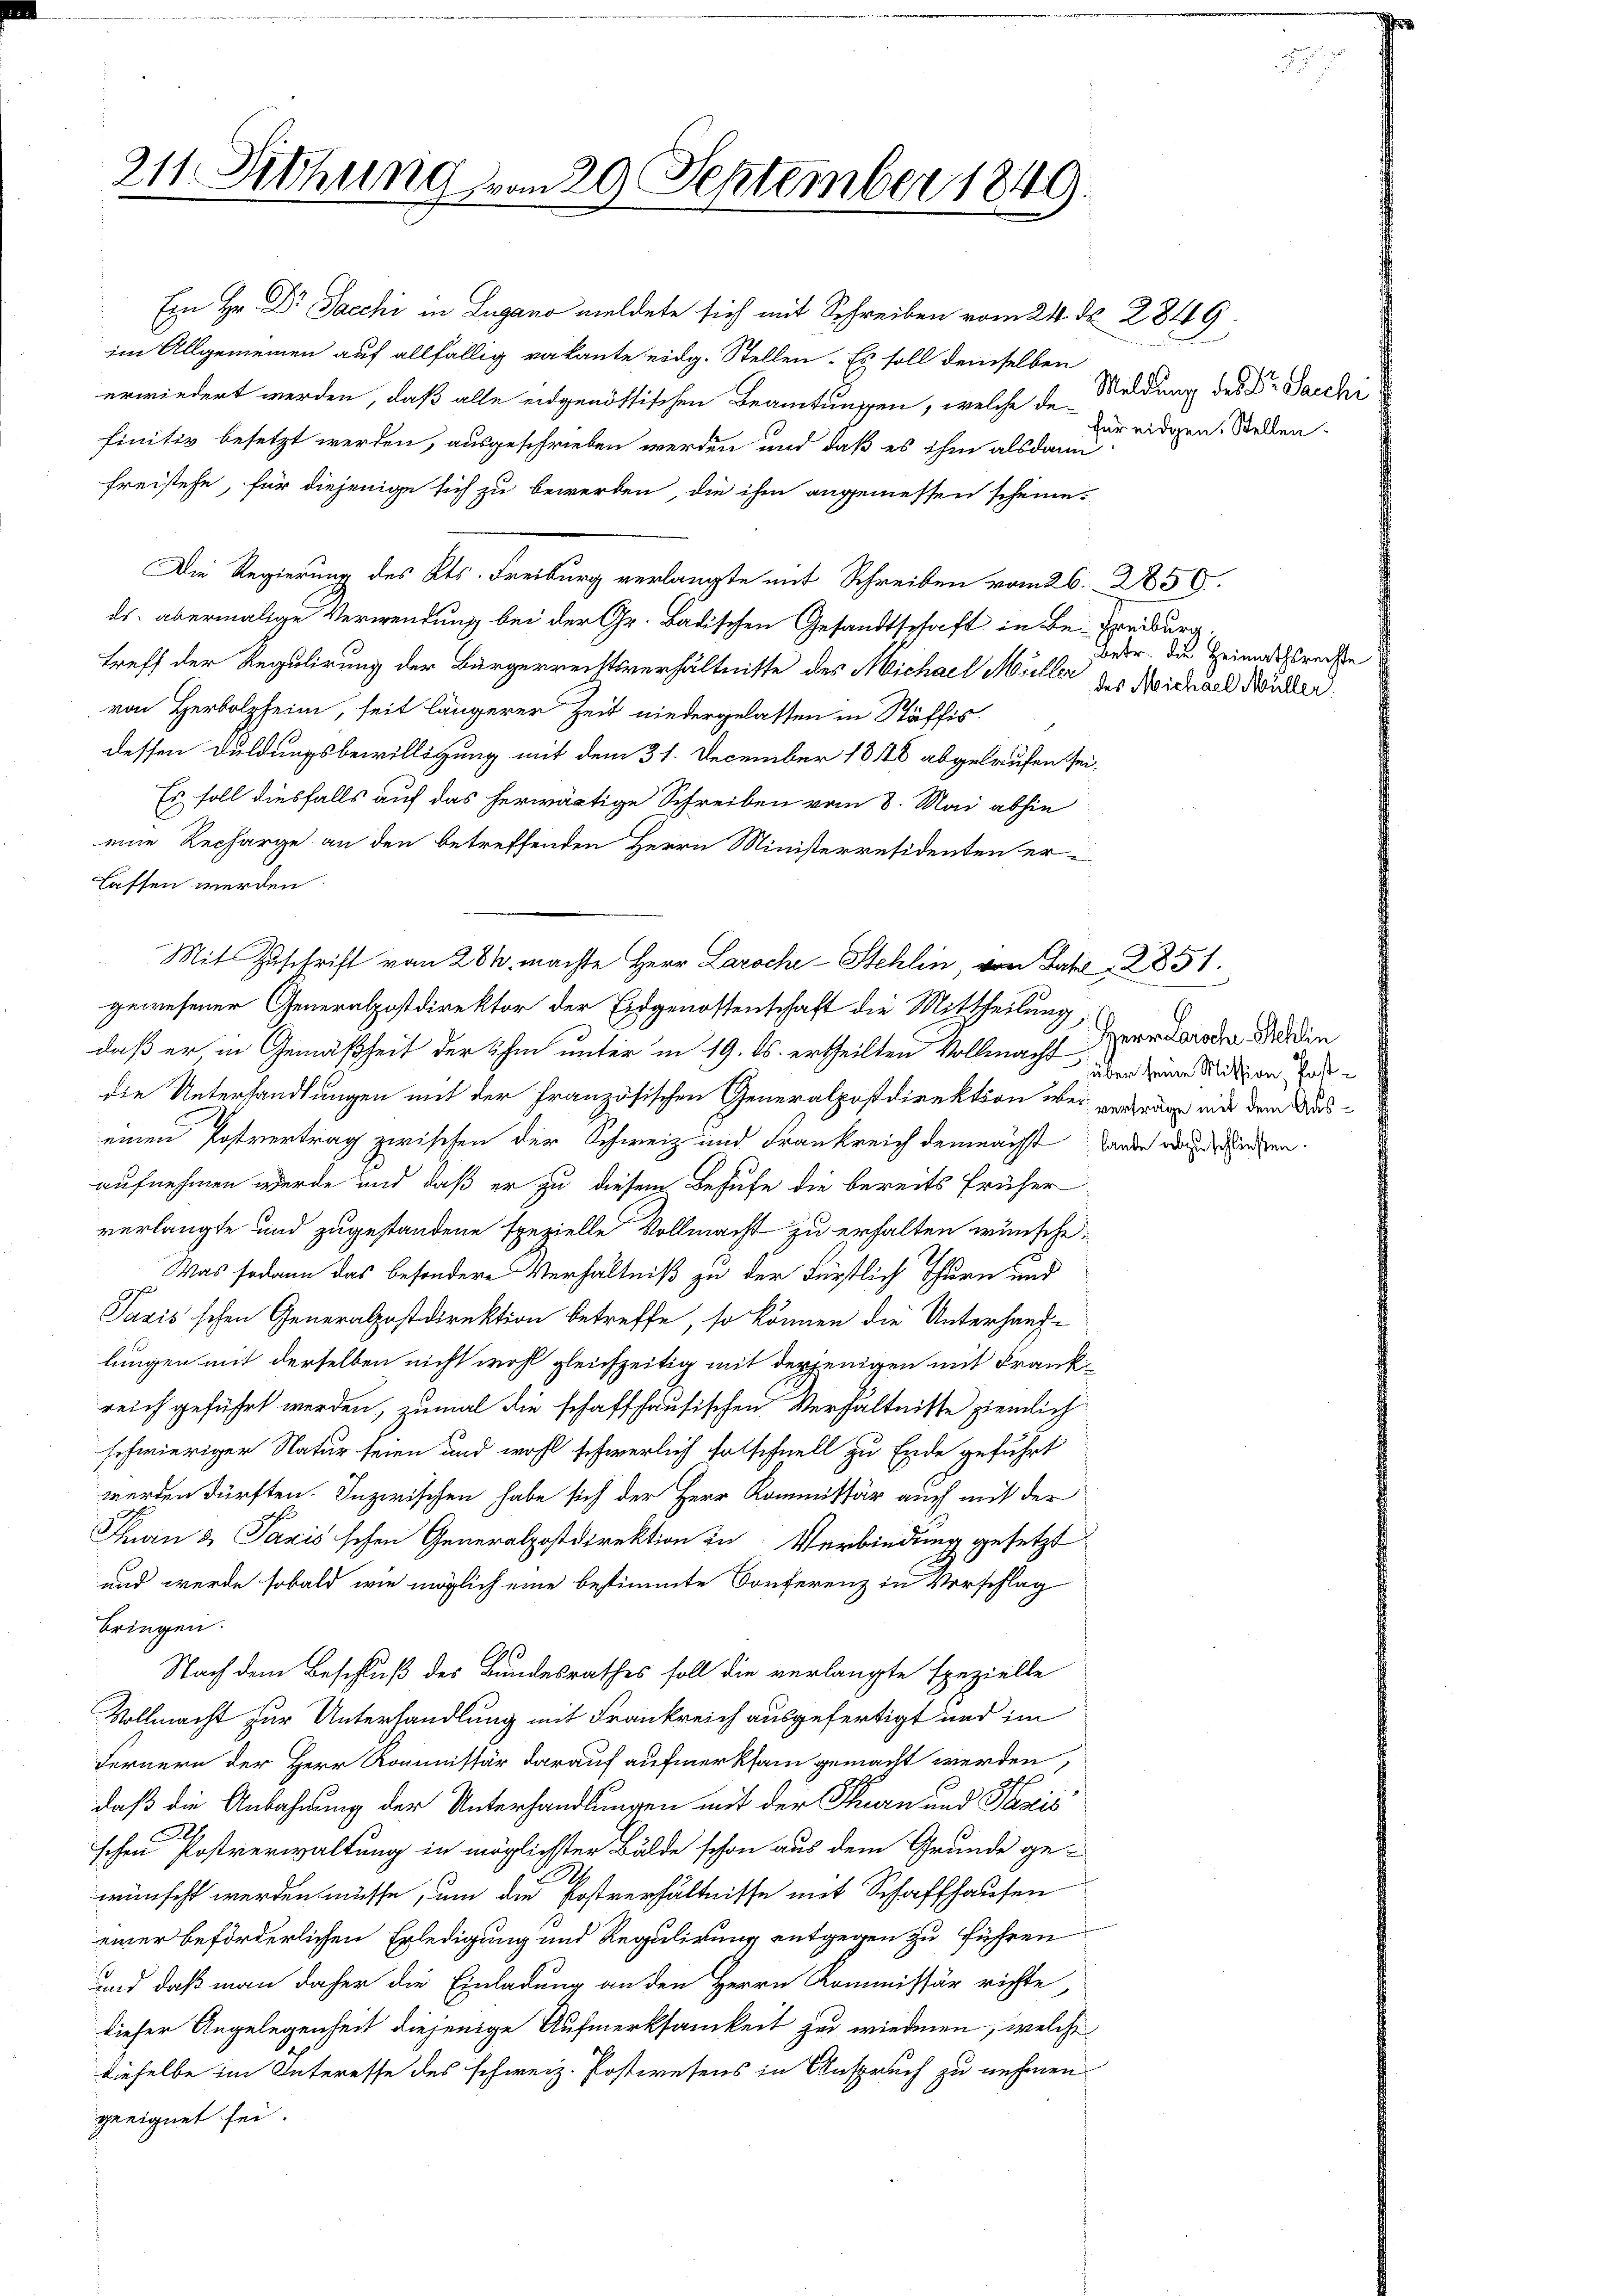
211 Sitzung vom 29. September 1849.

Ein Hr. Dr Sacchi in Lugano meldete sich mit Schreiben vom 24. d. 2849.
im Allgemeinen auf allfällig vakante eidg. Stellen. Es soll demselben
erwiedert werden, daß alle eidgenössischen Beamtungen, welche de-
finitiv besetzt werden, ausgeschrieben werden und daß es ihm alsdann
freistehe, für diejenige sich zu bewerben, die ihm angemessen scheine.
Die Regierung des Kts. Freiburg verlangte mit Schreiben vom 26. 2850.
ds. abermalige Verwendung bei der Gr. Badischen Gesandtschaft in Be-Freiburg,
treff der Regulirung der Bürgerrechtsverhältnisse des Michael Müller des Michael Bruder
von Herolzheim, seit längerer Zeit niedergelassen in Stäffis-
dessen Duldungsbewilligung mit dem 31. December 1848 abgelaufen sei.
Es soll diesfalls auf das herwärtige Schreiben vom 8. Mai abhin
eine Recharge an den betreffenden Herrn Ministerresidenten er-
lassen werden
Mit Zuschrift vom 284. machte Herr Larochi-Stehlin, von Fall    2851.
gewesener Generalpostdirektor der Eidgenossenschaft die Mittheilung
daß er, in Gemäßheit der ihm unter in 19. ds. ertheilten Vollmacht den keine Mitzen a
die Unterhandlungen mit der Französischen Generalpostdirektion über verdende mit dem Auseinen Postvertrag zwischen der Schweiz und Frankreich demnacht werde aus eingen.
aufnehmen wurde und daß er zu diesem Behufe die bereits früher
verlangte und zugestandene spezielle Vollmacht zu erhalten wünsche:
Was sodann das besondere Verhältniß zu der Fürstlich Thurn und
Javis schen Generalpostdirektion betreffe, so können die Unterhauplungen mit derselben nicht wohl gleichzeitig mit derjenigen mit Frankreich geführt werden, zumal die schaffhausischen Verhältnisse ziemlich
schwieriger Natur seien und wohl schwerlich solschnell zu Ende geführt
werden dürften. Inzwischen habe sich der Herr Kommissär auch mit der
Tan & Taxis schen Generalpostdirektion in Verbindung gesetzt
und werde sobald wie möglich eine bestimmte Conferenz in Vorschlag
bringen.
Nach dem Beschluß des Bundesrathes soll die verlangte spezielle
Vollmacht zur Unterhandlung mit Frankreich ausgefertigt und im
Fernern der Herr Kommissär darauf aufmerksam gemacht werden,
daß die Anbahnung der Unterhandlungen mit der Thurn und Pacis
schen Postverwaltung in möglichster Bälde schon aus dem Grunde ge-
wünscht werden müsse, um die Postverhältnisse mit Schaffhausen
einer beförderlichen Erledigung und Regulirung entgegen zu führen
und daß man daher die Einladung an den Herrn Kommissär richte
dieser Angelegenheit diejenige Aufmerksamkeit zu wiederen, welche
dieselbe im Interesse des schweiz. Postwesens in Anspruch zu nehmen
geeignet sei.

Meldung des Dr. Sacchi
für eidgen. Stellen.

betr. die Heimathsrechte

Herr Paroche Schlin